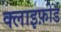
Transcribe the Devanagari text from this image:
क्लाइफ़ोर्ड